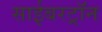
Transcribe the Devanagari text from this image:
साईबरट्राॅन